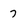
Character: 7